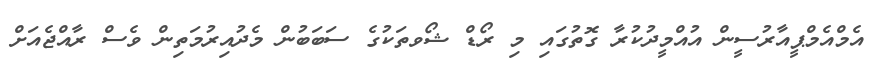
އެމްއެމްޕީއާރުސީން އުއްމީދުކުރާ ގޮތުގައި މި ރޯޑް ޝޯވތަކުގެ ސަބަބުން މެދުއިރުމަތިން ވެސް ރާއްޖެއަށް